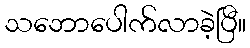
သဘောပေါက်လာခဲ့ပြီ။